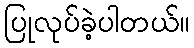
ပြုလုပ်ခဲ့ပါတယ်။